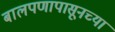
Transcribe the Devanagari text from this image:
बालपणापासूनच्या